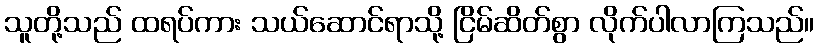
သူတို့သည် ထရပ်ကား သယ်ဆောင်ရာသို့ ငြိမ်ဆိတ်စွာ လိုက်ပါလာကြသည်။